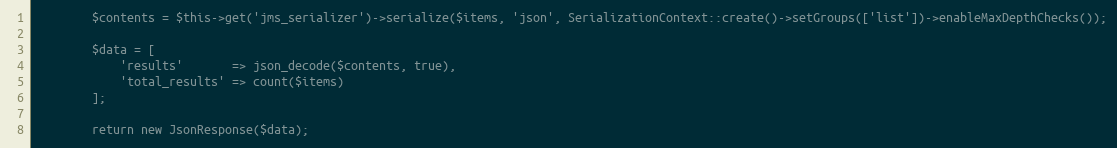
Language: PHP
        $contents = $this->get('jms_serializer')->serialize($items, 'json', SerializationContext::create()->setGroups(['list'])->enableMaxDepthChecks());

        $data = [
            'results'       => json_decode($contents, true),
            'total_results' => count($items)
        ];

        return new JsonResponse($data);